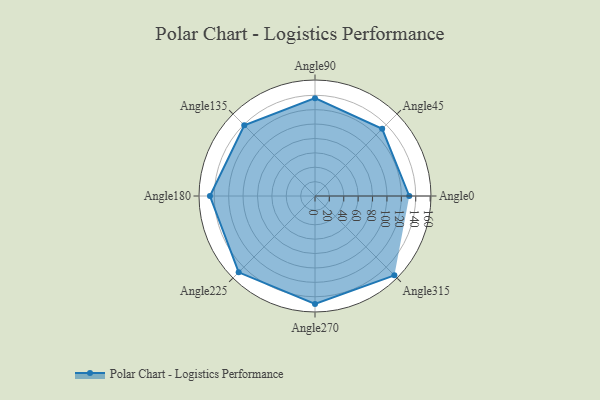
{"axis": {"x": "Angle", "y": "Radius"}, "legend": [""], "data": [{"x": "Angle0", "y": 131.0, "type": ""}, {"x": "Angle45", "y": 132.0, "type": ""}, {"x": "Angle90", "y": 136.0, "type": ""}, {"x": "Angle135", "y": 139.0, "type": ""}, {"x": "Angle180", "y": 146.0, "type": ""}, {"x": "Angle225", "y": 150.0, "type": ""}, {"x": "Angle270", "y": 150.0, "type": ""}, {"x": "Angle315", "y": 156.0, "type": ""}]}